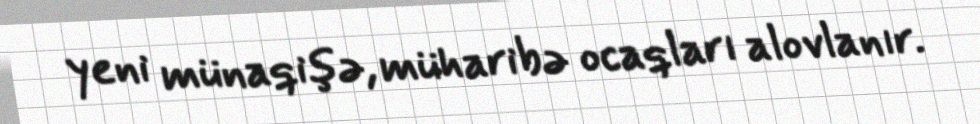
yeni münaqişə, müharibə ocaqları alovlanır.